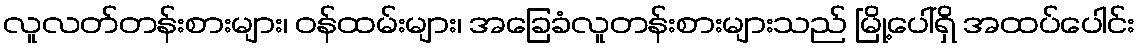
လူလတ်တန်းစားများ၊ ဝန်ထမ်းများ၊ အခြေခံလူတန်းစားများသည် မြို့ပေါ်ရှိ အထပ်ပေါင်း